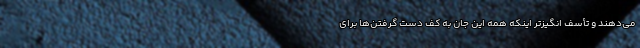
می‌دهند و تأسف انگیزتر اینکه همه این جان به کف دست گرفتن‌ها برای